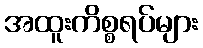
အထူးကိစ္စရပ်များ